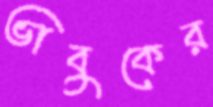
ভাবুকের